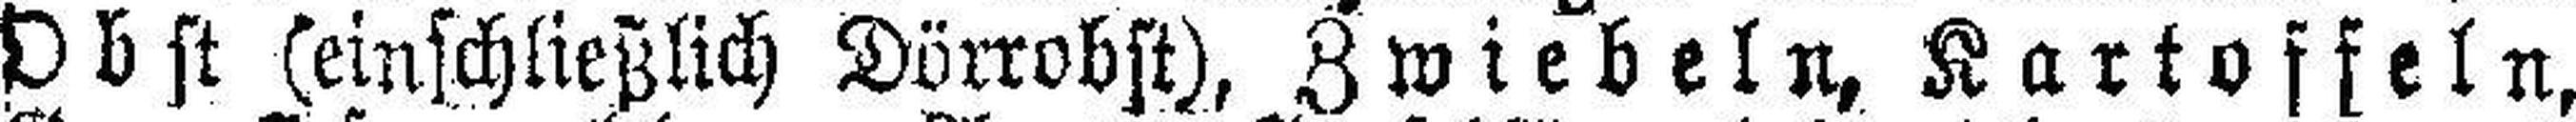
Obst (einschließlich Dörrobst), Zwiebeln, Kartoffeln,